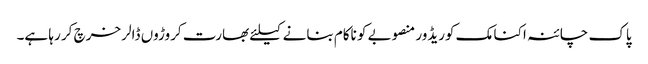
پاک چائنہ اکنامک کوریڈور منصوبے کو ناکام بنانے کیلئے بھارت کروڑوں ڈالر خرچ کر رہا ہے۔